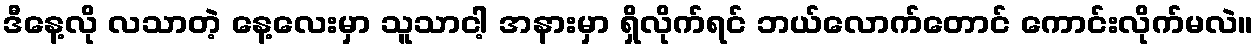
ဒီနေ့လို လသာတဲ့ နေ့လေးမှာ သူသာငါ့ အနားမှာ ရှိလိုက်ရင် ဘယ်လောက်တောင် ကောင်းလိုက်မလဲ။